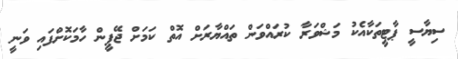
ސިޔާސީ ޕާޓީތަކާއެކު މަޝްވަރާ ކުރައްވަން ތައްޔާރަށް އޮތް ކަމަށް ޖޭޕީން ހާމަކޮށްފައި ވަނީ